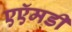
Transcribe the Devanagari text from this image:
एऍमडी